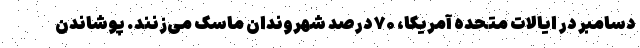
دسامبر در ایالات متحده آمریکا، ۷۰ درصد شهروندان ماسک می‌زنند. پوشاندن